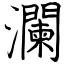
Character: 瀾